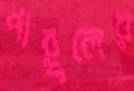
পারুলের